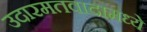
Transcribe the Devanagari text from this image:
उदारमतवादामध्ये